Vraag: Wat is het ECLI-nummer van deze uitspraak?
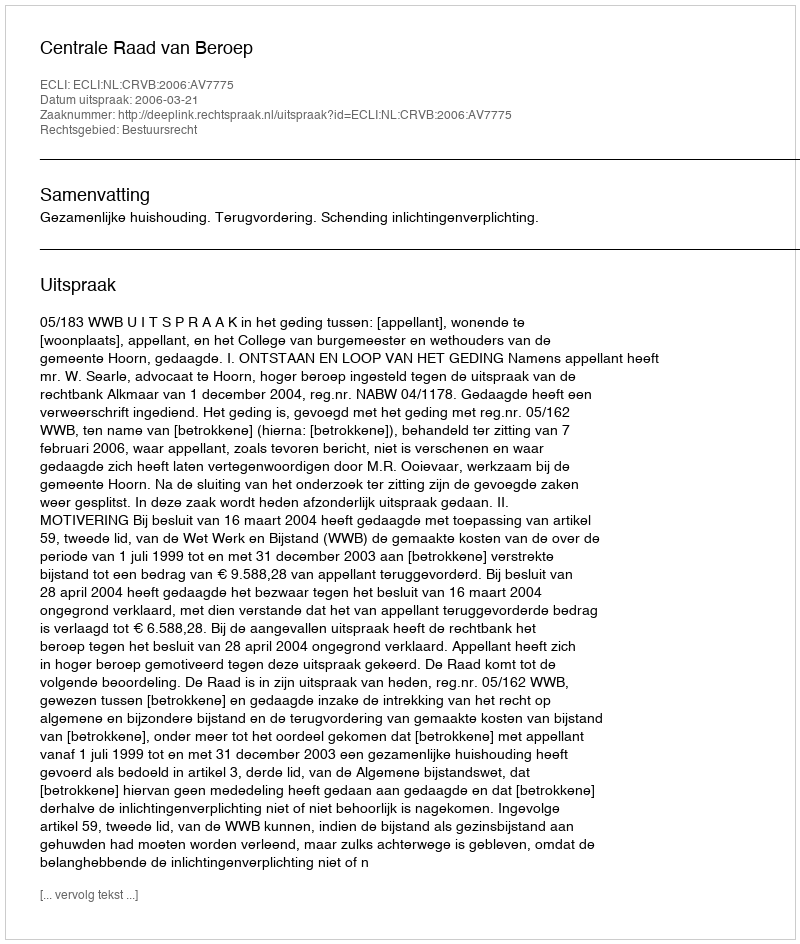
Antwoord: ECLI:NL:CRVB:2006:AV7775